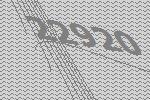
22920